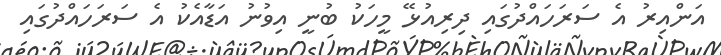
އަންއިރު އެ ސަރަހައްދުގައި ދިރިއުޅޭ މީހަކު ބުނީ އިވުނު އަޑާއެކު އެ ސަރަހައްދުގައި